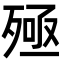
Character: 殛